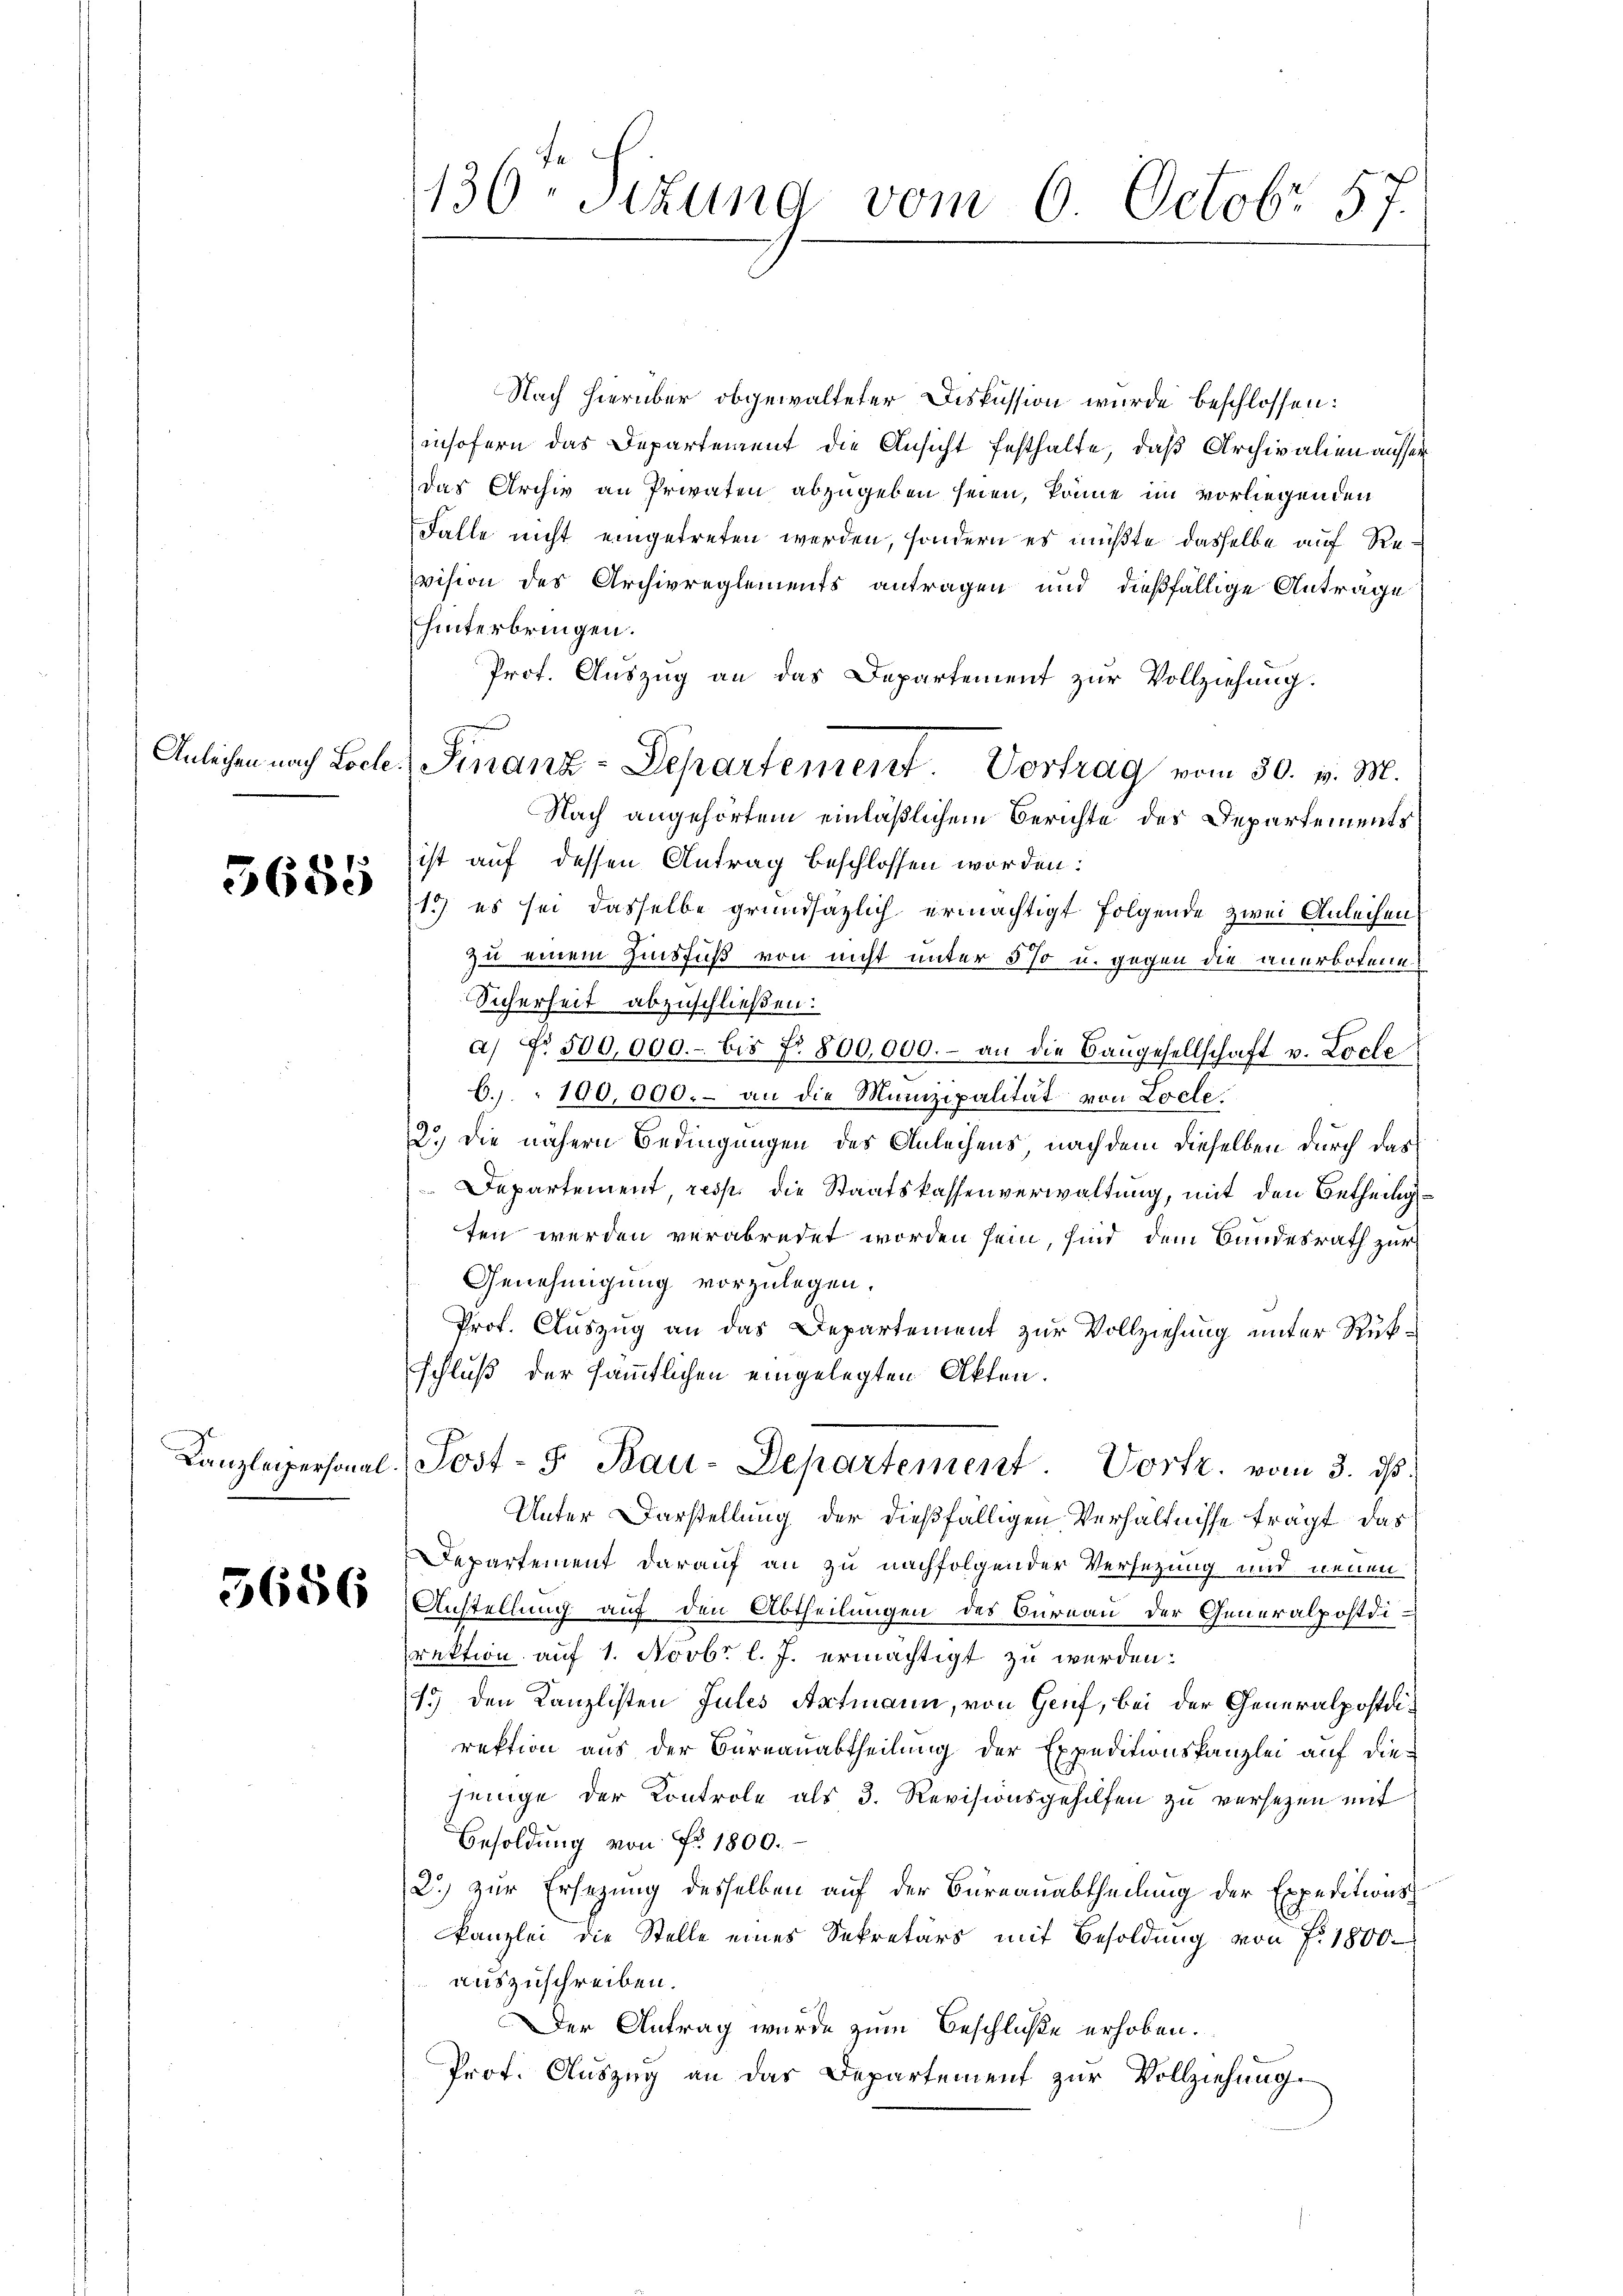
3685

5686

136. Sizung vom 6. Octobr 57.

Nach hierüber obgewalteter Diskussion wurde beschlossen:
insofern das Departement die Ansicht festhalte, daß Archivalien ausser
das Archiv an Privaten abzugeben seien, könne im vorliegenden
Falle nicht eingetreten werden, sondern es müßte dasselbe auf Reevision des Archivreglements antragen und dießfällige Anträge
hinterbringen.
Prof. Auszug an das Departement zur Vollziehung.
Nach angehörtem einläßlichem Berichte des Departements
ist auf dessen Antrag beschlossen worden:
1.) es sei dasselbe grundsätzlich ermächtigt folgende zwei Anleihen
zu einem Zinsfuß von nicht unter 5 % u. gegen die anerbotene
Sicherheit abzuschließen:
a) No. 500,000.- bis fr. 800,000.- an die Baŭgesellschaft v. Loche
6.) " 100,000.- an die Munizipalität von Locle
2.) Die nähern Bedingungen des Anleihens nachdem dieselben durch das
Departement, resp. die Staatskassenverwaltung, mit den Betheiligten werden verabredet worden sein, sind dem Bundesrath zur
Genehmigung vorzulegen.
Prof. Auszug an das Departement zur Vollziehung unter Rükschluß der sämmtlichen eingelegten Akten.
Canzleipersonal-Post- 5. Bau-Departement Vortr. vom 3. ds.
Unter Darstellung der dießfälligen Verhältnisse fragt, das
Departement darauf an zu nachfolgender Versetzung und neuen
Anstellung auf den Abtheilungen des Büreau der Generalpostdirektion auf 1. Novbr l. J. ermächtigt zu werden.
15) den Kanzlisten Jules Amtmann, von Genf, bei der Generalpostdirektion aus der Bureauabtheilung der Expeditionskanzlei auf die-
jenige der Kontrole als 3. Revisionsgehilfen zu versetzen mit
Besoldung von Fr. 1800.
2.) zur Ersezung desselben auf der Burnauabtheilung der Expeditionskanzlei die Stelle eines Sekretärs mit Besoldung von f. 1800.
auszuschreiben.
Der Antrag wurde zum Beschluße erhoben.
Prof. Auszug an das Departement zur Vollziehung.

Anleihen nach Lode. Finanz-Departement. Vortrag vom 30. v. M.